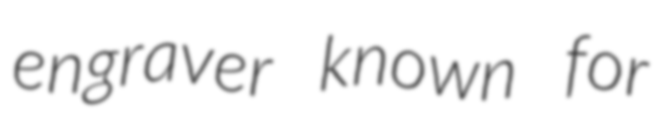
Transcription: engraver known for